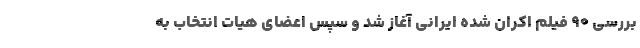
بررسی 90 فیلم اکران شده ایرانی آغاز شد و سپس اعضای هیات انتخاب به